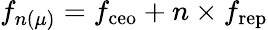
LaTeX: f_{n(\mu)}=f_{\mathrm{ceo}}+n\times f_{\mathrm{rep}}